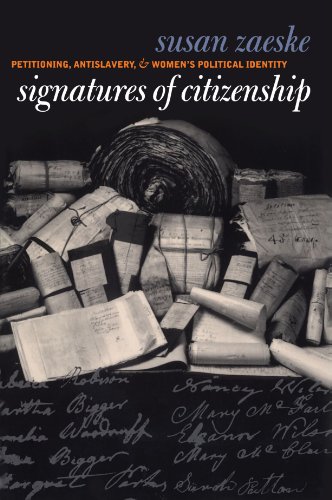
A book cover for Signatures of Citizenship: Petitioning, Antislavery, and Women's Political Identity; Susan Zaeske; Gay & Lesbian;